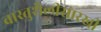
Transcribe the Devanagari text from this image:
वास्तुशैलीसारखी